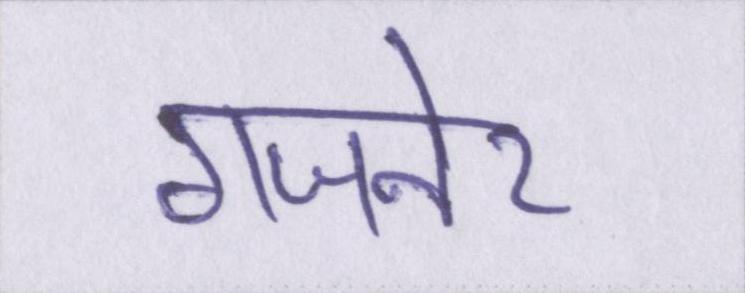
गजनेर